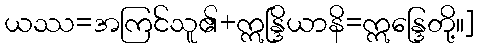
ယဿ=အကြင်သူ၏+ဣန္ဒြိယာနိ=ဣန္ဒြေတို့။]